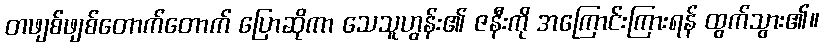
တဖျစ်ဖျစ်တောက်တောက် ပြောဆိုကာ သေသူဟွန်း၏ ဇနီးကို အကြောင်းကြားရန် ထွက်သွား၏။